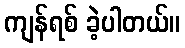
ကျန်ရစ် ခဲ့ပါတယ်။